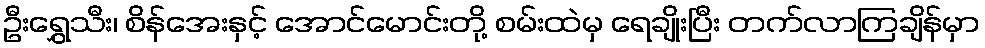
ဦးရွှေသီး၊ စိန်အေးနှင့် အောင်မောင်းတို့ စမ်းထဲမှ ရေချိုးပြီး တက်လာကြချိန်မှာ